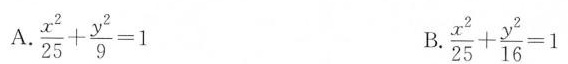
A.$$ \frac { x ^ { 2 } } { 2 5 } + \frac { y ^ { 2 } } { 9 } = 1$$ B.$$ \frac { x ^ { 2 } } { 2 5 } + \frac { y ^ { 2 } } { 1 6 } =1$$